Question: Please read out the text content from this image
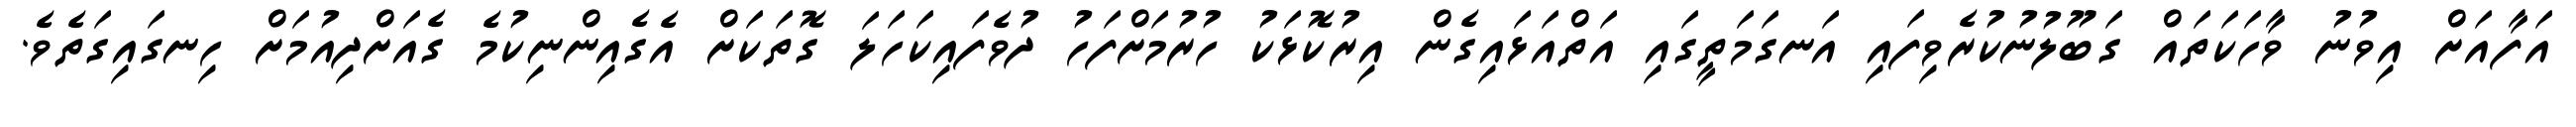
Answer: އަފާއަށް އިވުނު ވާހަކަތައް ގަބޫލުނުކުރެވިފައި އަނގަމަތީގައި އަތްއަޅައިގެން އިރުކޮޅަކު ހުރުމަށްފަހު ދުވެފައިކަހަލަ ގޮތަކަށް އެގެއިންނިކުމެ ގެއަށްދިއުމަށް ހިނގައިގަތެވެ.